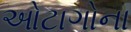
ઓટાગોના